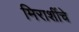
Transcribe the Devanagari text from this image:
मिराशींचे